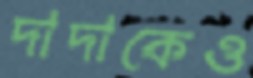
দাদাকেও